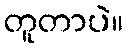
တူတာပဲ။